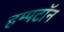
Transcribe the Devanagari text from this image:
हम्पटॉन